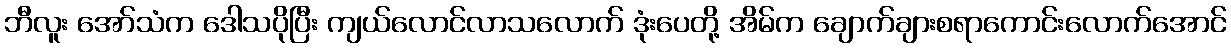
ဘီလူး အော်သံက ဒေါသပိုပြီး ကျယ်လောင်လာသလောက် ဒုံးပေတို့ အိမ်က ချောက်ချားစရာကောင်းလောက်အောင်